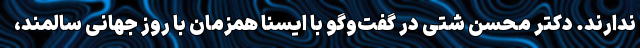
ندارند. دکتر محسن شتی در گفت‌وگو با ایسنا همزمان با روز جهانی سالمند،